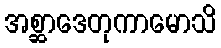
အစ္ဆာဒေတုကာမောသိ